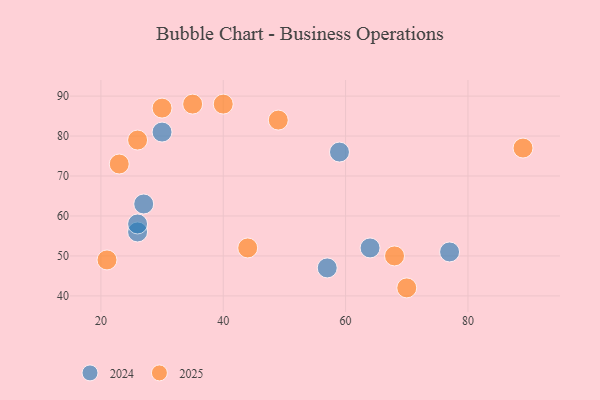
{"axis": {"x": "GDP", "y": "Life Expectancy"}, "legend": ["2024", "2025"], "data": [{"x": "70", "y": 42, "type": "2025"}, {"x": "35", "y": 88, "type": "2025"}, {"x": "26", "y": 79, "type": "2025"}, {"x": "23", "y": 73, "type": "2025"}, {"x": "89", "y": 77, "type": "2025"}, {"x": "44", "y": 52, "type": "2025"}, {"x": "30", "y": 87, "type": "2025"}, {"x": "49", "y": 84, "type": "2025"}, {"x": "21", "y": 49, "type": "2025"}, {"x": "68", "y": 50, "type": "2025"}, {"x": "40", "y": 88, "type": "2025"}, {"x": "26", "y": 56, "type": "2024"}, {"x": "64", "y": 52, "type": "2024"}, {"x": "59", "y": 76, "type": "2024"}, {"x": "30", "y": 81, "type": "2024"}, {"x": "27", "y": 63, "type": "2024"}, {"x": "26", "y": 58, "type": "2024"}, {"x": "77", "y": 51, "type": "2024"}, {"x": "57", "y": 47, "type": "2024"}]}